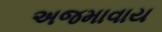
અજમાવાય